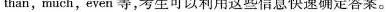
than，much，even等，考生可以利用这些信息快速确定答案